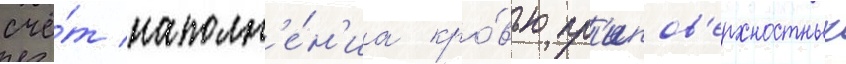
счё́т наполн'е́н'иа кро́вью пр'ипов'ерхностных